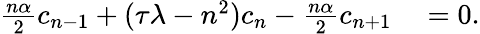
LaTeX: \begin{array}{rl}{\frac{n\alpha}{2}c_{n-1}+(\tau\lambda-n^{2})c_{n}-\frac{n\alpha}{2}c_{n+1}}&{{}=0.}\end{array}